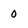
Character: O